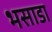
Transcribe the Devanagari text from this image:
भसाडा